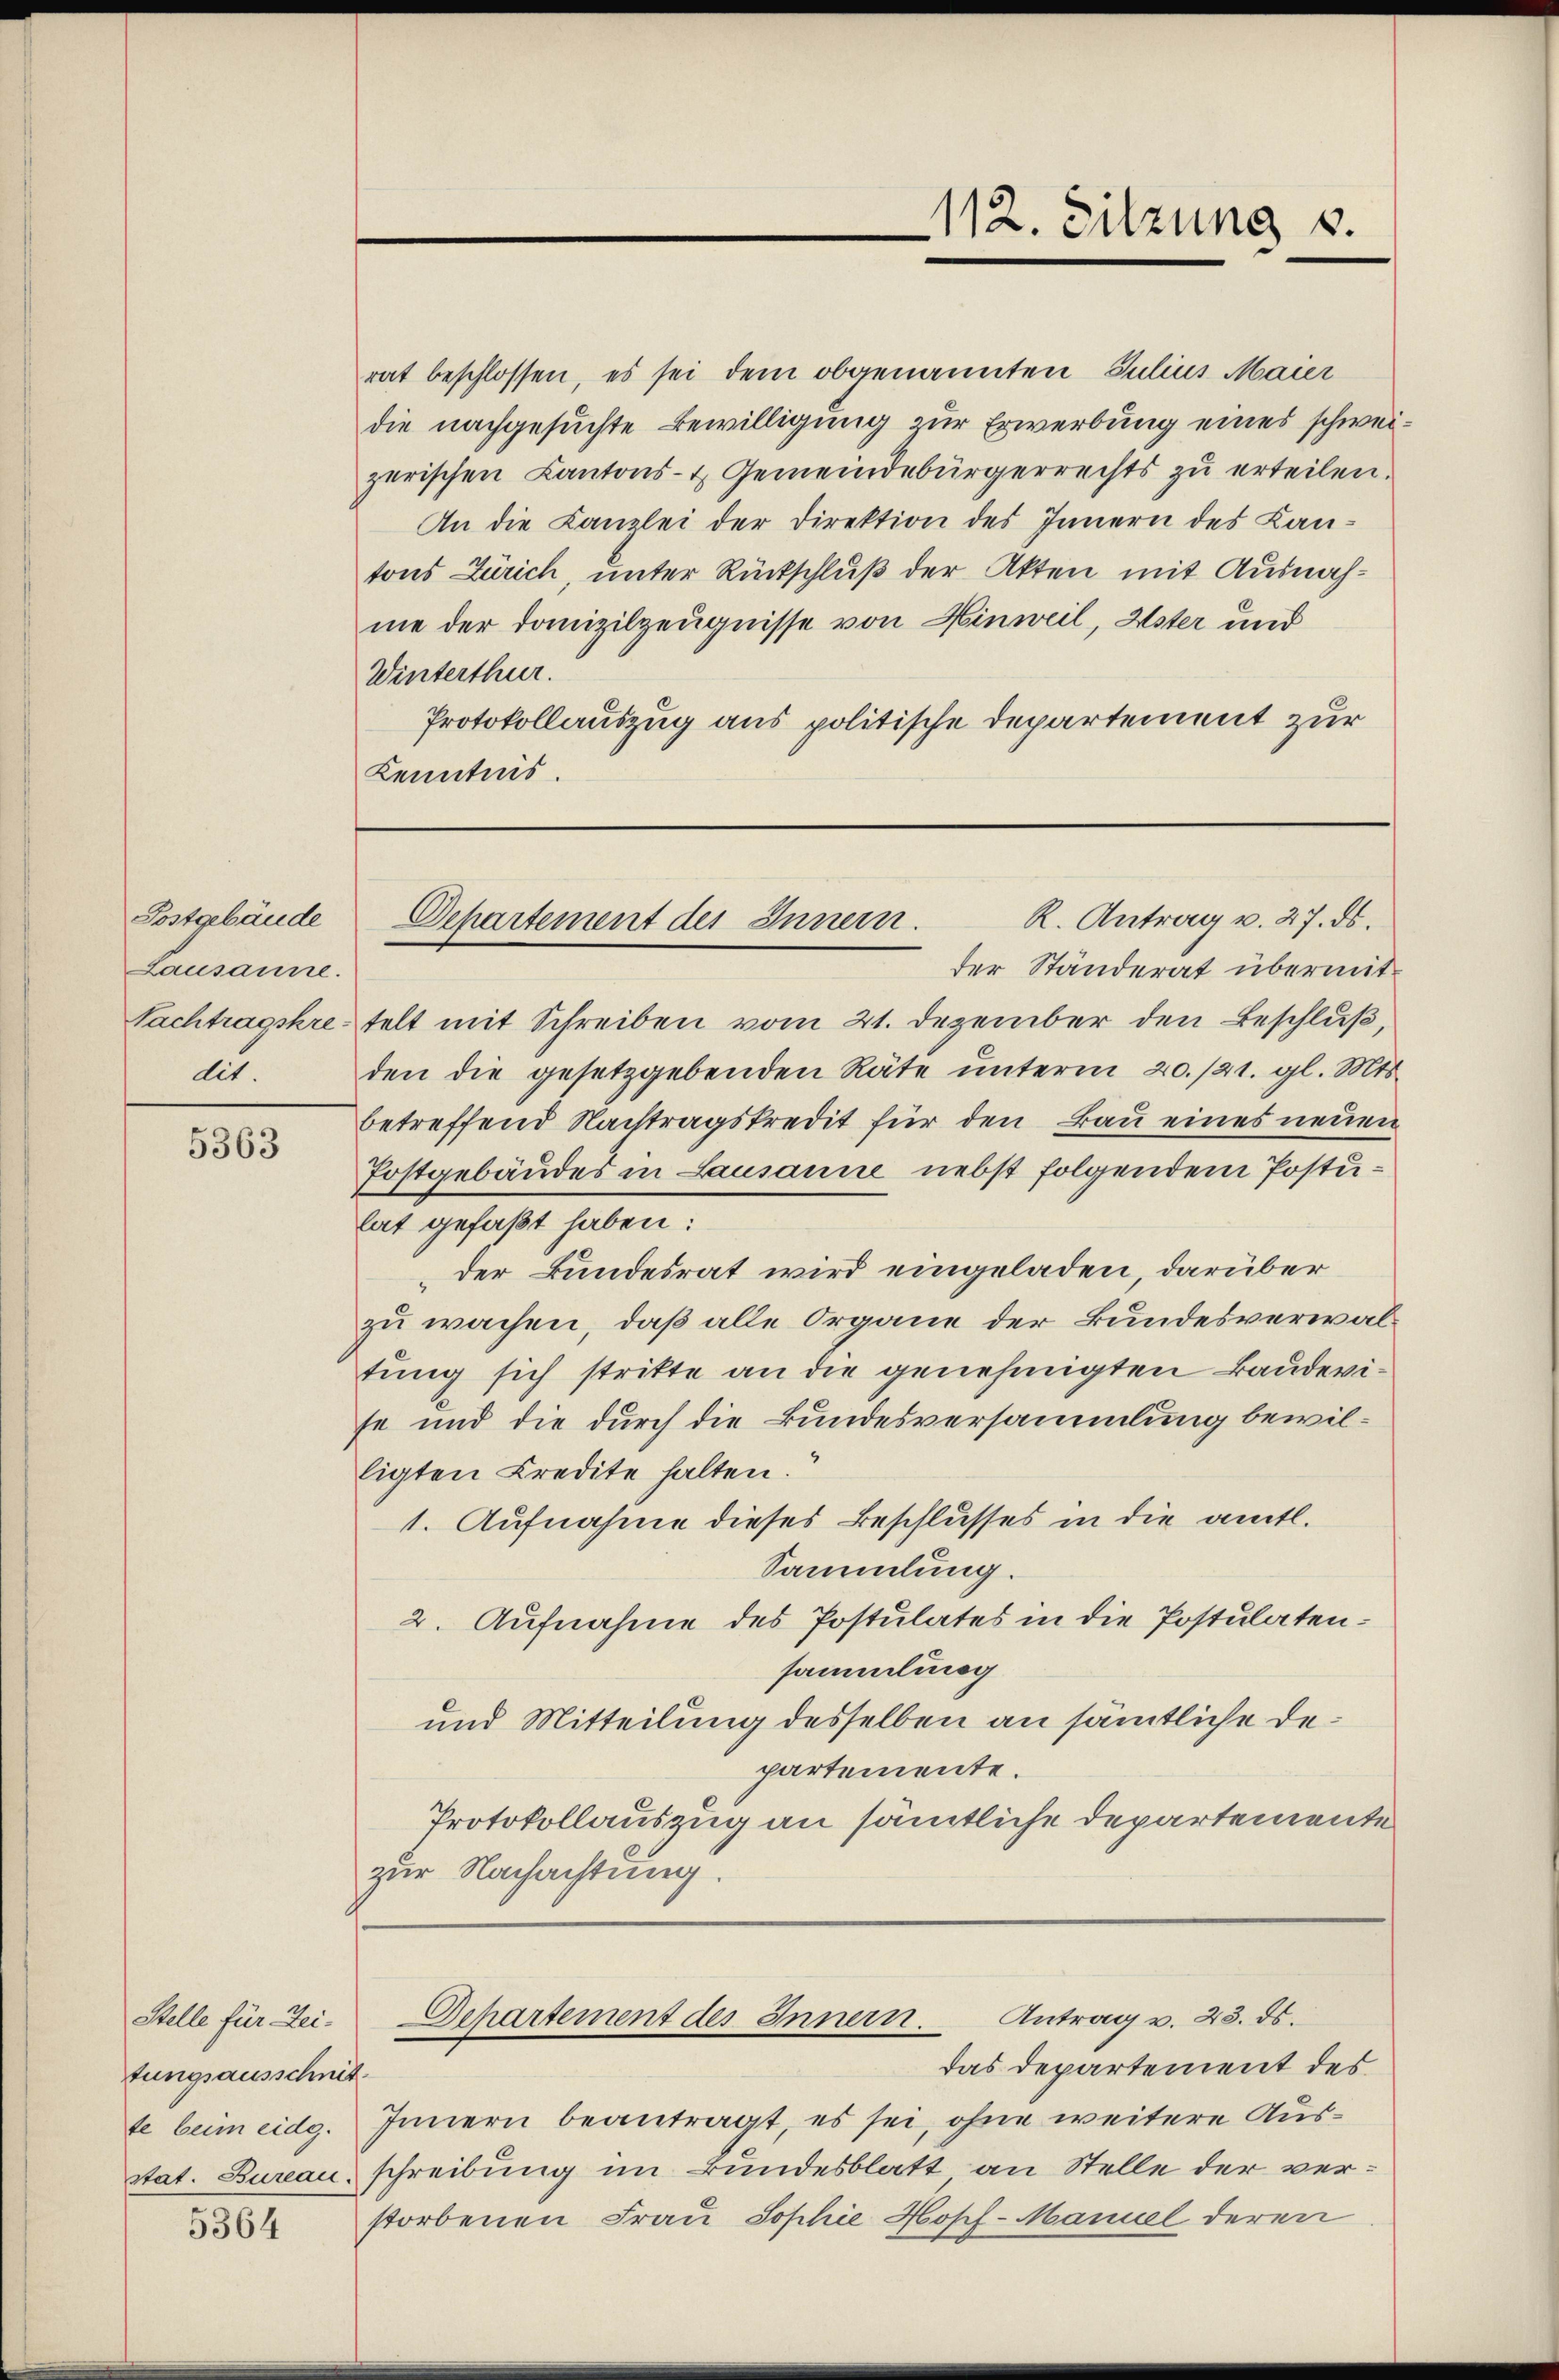
Lausanne.
dit

5363

Stelle für Zei-
tungsausschnet.
te beim eidg.

5364

rat beschlossen, es sei dem obgenannten Julius Maier
die nachgesuchte Bewilligung zur Erwerbung eines schweizerischen Kantons- & Gemeindebürgerrechts zu erteilen.
An die Kanzlei der Direktion des Innern des Kantons Zürich, unter Rückschluß der Akten mit Ausnahme der Domizilzeugnisse von Hinweil, Uster und
Winterthur.
Protokollauszug aus politische Departement zur
Kenntnis.

112. Sitzung v.

der Ständerat übermit¬
Nachtragskretelt mit Schreiben vom 21. Dezember den Beschluß,
den die gesetzgebenden Räte ŭnterm 20./21. gl. Mts.
betreffend Nachtragskredit für den Bau eines neuen
Fostgebäudes in Lausanne nebst folgendem Postulat gefaßt haben:
der Bundesrat wird eingeladen, darüber
zu wachen, daß alle Organe der Bundesverwaltung sich stritte an die genehmigten Baudevise und die durch die Bundesversammlung bewilligten Credite halten.
1. Aufnahme dieses Beschlusses in die amtl.
Sammlung.
2. Aufnahme des Postulates in die Postulatensammlung
und Mitteilung desselben an sämtliche Departemente.
Protokollauszug an sämtliche Departemente
zur Nachachtung.

R. Antrag v. 27. ds.
Postgebäude Departement des Innern.

das Departement des
Innern beantragt, es sei, ohne weitere Ausstat. Bureau, schreibung im Bundesblatt an Stelle der verstorbenen Frau Sophie Hopf-Manuel deren

Departement des Innern. Antrag v. 23. ds.